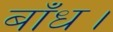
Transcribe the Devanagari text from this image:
बाँध।